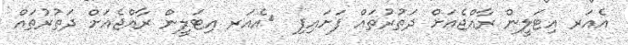
އެއަރ އިޓަލީން ރާއްޖެއަށް ދަތުރުތައް ފަށައިފި  	އެއަރ އިޓަލީން ރާއްޖެއަށް ދަތުރުތައް